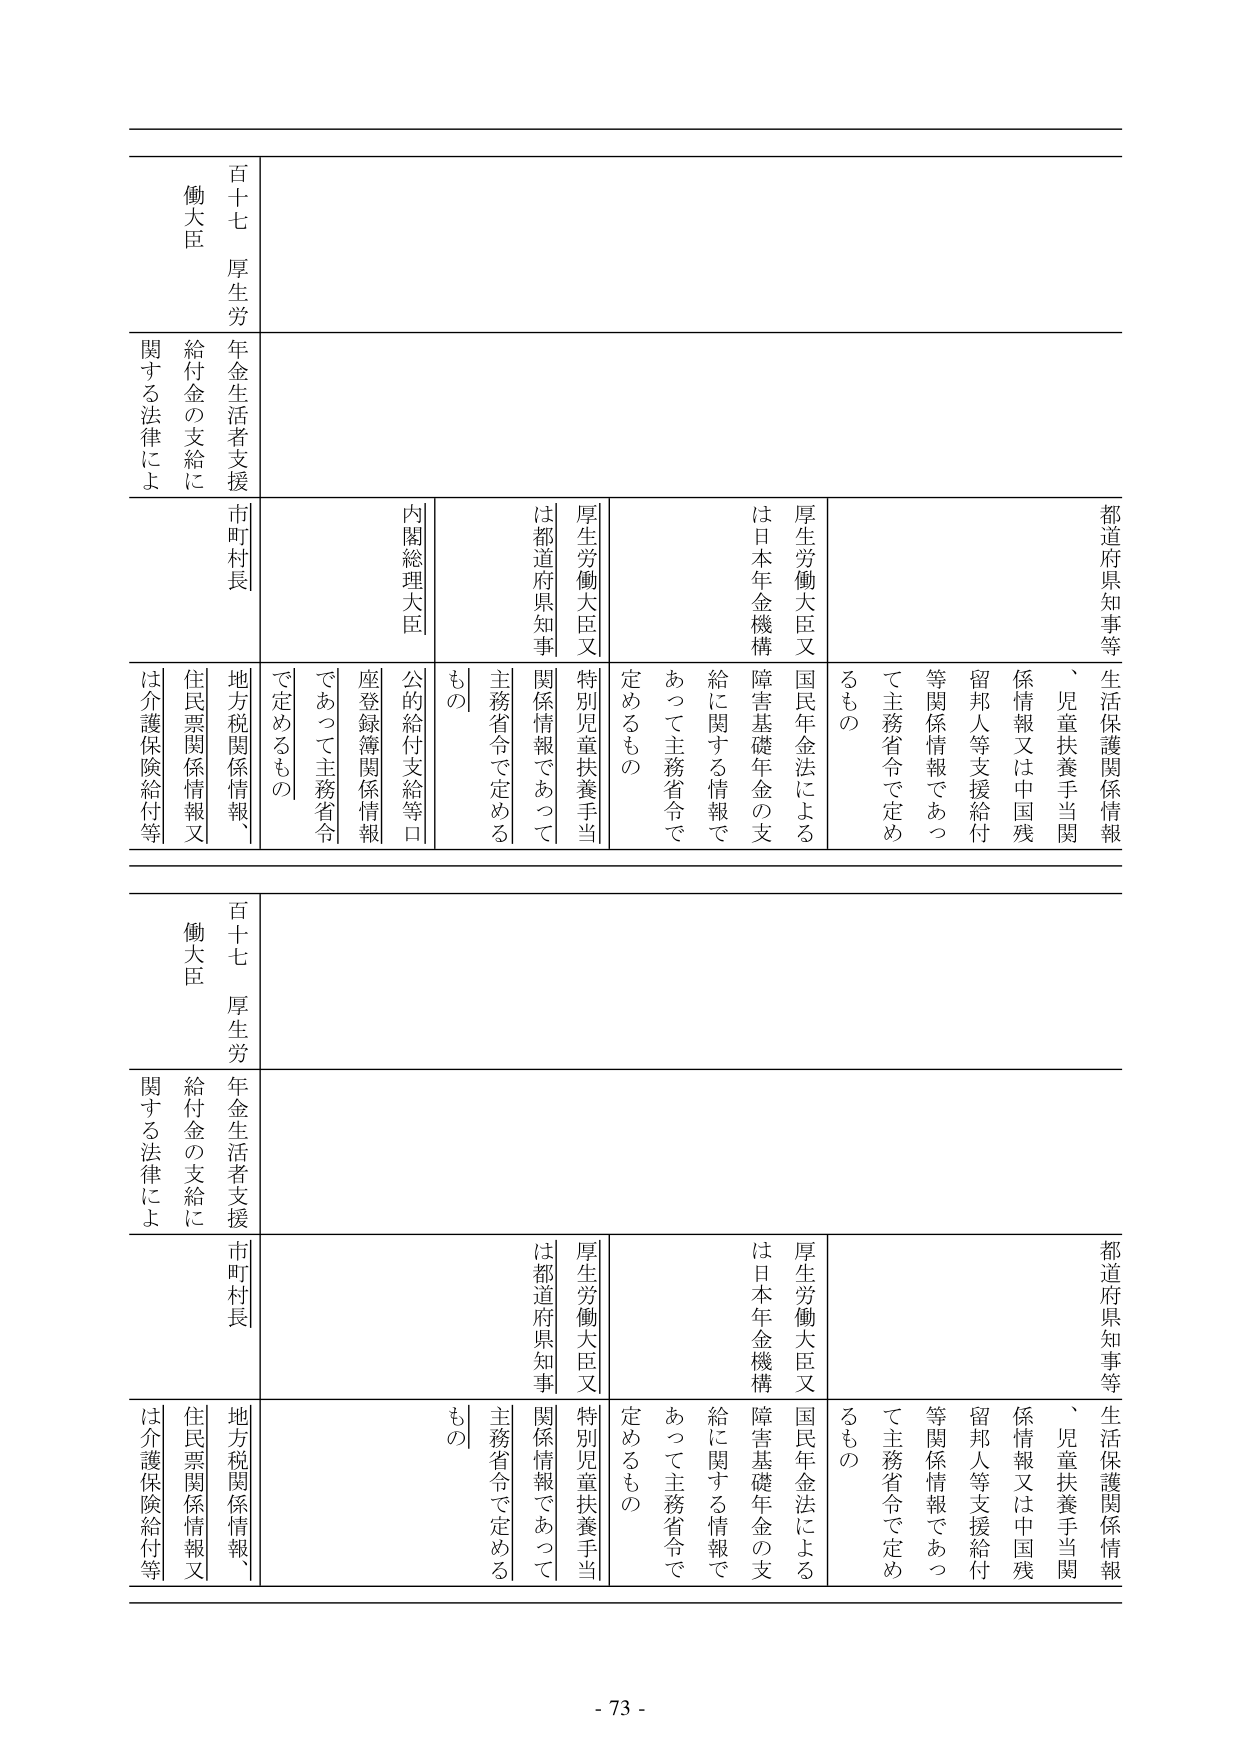
百十七 厚生労働大臣
年金生活者支援給付金の支給に関する法律により
市町村長
都道府県知事等
生活保護関係情報、児童扶養手当関係情報又は中国残留邦人等支援給付等関係情報であって主務省令で定めるもの
厚生労働大臣又は日本年金機構
国民年金法による障害基礎年金の支給に関する情報であって主務省令で定めるもの
厚生労働大臣又は都道府県知事
特別児童扶養手当関係情報であって主務省令で定めるもの
内閣総理大臣
公的給付支給等口座登録簿関係情報であって主務省令で定めるもの
地方税関係情報、住民票関係情報又は介護保険給付等

百十七 厚生労働大臣
年金生活者支援給付金の支給に関する法律により
市町村長
都道府県知事等
生活保護関係情報、児童扶養手当関係情報又は中国残留邦人等支援給付等関係情報であって主務省令で定めるもの
厚生労働大臣又は日本年金機構
国民年金法による障害基礎年金の支給に関する情報であって主務省令で定めるもの
厚生労働大臣又は都道府県知事
特別児童扶養手当関係情報であって主務省令で定めるもの
内閣総理大臣
公的給付支給等口座登録簿関係情報であって主務省令で定めるもの
地方税関係情報、住民票関係情報又は介護保険給付等

- 73 -